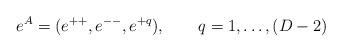
LaTeX: \begin{align*}e^A=(e^{++}, e^{--}, e^{+q}) , \qquad q= 1, \ldots, (D-2)\end{align*}